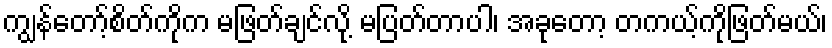
ကျွန်တော့်စိတ်ကိုက မဖြတ်ချင်လို့ မပြတ်တာပါ၊ အခုတော့ တကယ့်ကိုဖြတ်မယ်၊